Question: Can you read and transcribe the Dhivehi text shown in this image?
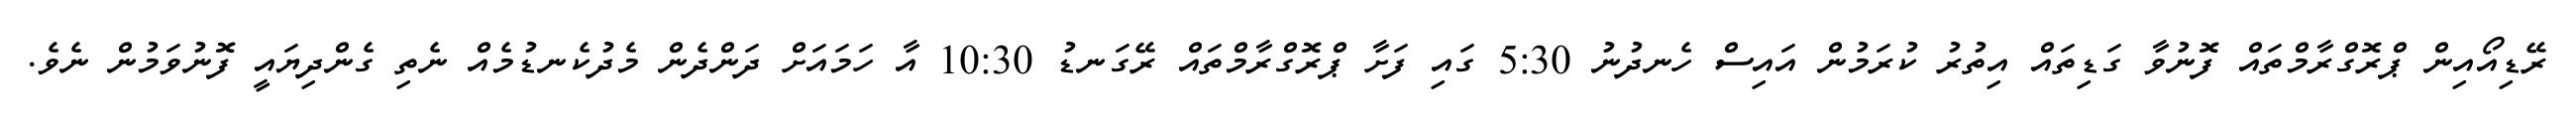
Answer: ރޭޑިއޯއިން ޕްރޮގްރާމްތައް ފޮނުވާ ގަޑިތައް އިތުރު ކުރަމުން އައިސް ހެނދުނު 5:30 ގައި ފަށާ ޕްރޮގްރާމްތައް ރޭގަނޑު 10:30 އާ ހަމައަށް ދަންދެން މެދުކެނޑުމެއް ނެތި ގެންދިޔައީ ފޮނުވަމުން ނެވެ.